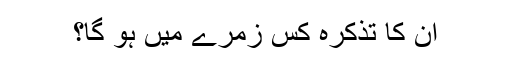
ان کا تذکرہ کس زمرے میں ہو گا؟